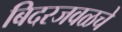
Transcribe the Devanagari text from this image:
बिदरजवळचे